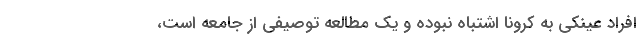
افراد عینکی به کرونا اشتباه نبوده و یک مطالعه توصیفی از جامعه است،